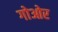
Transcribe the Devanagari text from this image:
गोओर